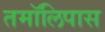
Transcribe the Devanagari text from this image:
तमॉलिपास